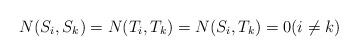
LaTeX: \begin{align*}N(S_i,S_k)=N(T_i,T_k)=N(S_i,T_k)=0(i \ne k)\end{align*}